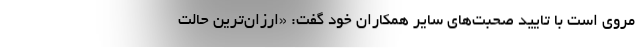
مروی است با تایید صحبت‌های سایر همکاران خود گفت: «ارزان‌ترین حالت